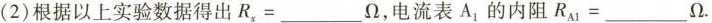
(2)根据以上实验数据得出$$R_{x}=___\Omega $$，电流表A_{1}的内阻$$R_{A1}=___\Omega$$ 。